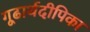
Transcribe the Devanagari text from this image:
गूढार्थदीपिका